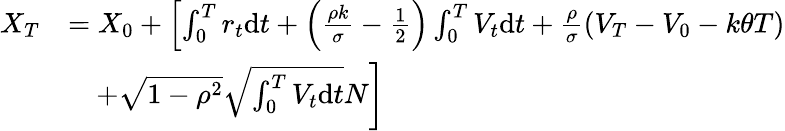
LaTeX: \begin{array}{rl}{X_{T}}&{=X_{0}+\left[\int_{0}^{T}r_{t}\mathrm{d}t+\left(\frac{\rho k}{\sigma}-\frac{1}{2}\right)\int_{0}^{T}V_{t}\mathrm{d}t+\frac{\rho}{\sigma}\left(V_{T}-V_{0}-k\theta T\right)\right.}\\ &{\quad\left.+\sqrt{1-\rho^{2}}\sqrt{\int_{0}^{T}V_{t}\mathrm{d}t}N\right]}\end{array}